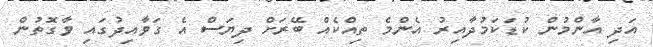
އަދި އާންމުން ކުޑަކަމުދާއިރު އެންމެ ތިއްކެއް ބޭރަށް ދިޔަސް އެ ގަވާއިދުގައި ވާގޮތުން